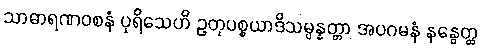
သာဓာရဏဝစနံ ပုရိသေဟိ ဥတုပစ္စယာဒိသမ္ပန္နတ္တာ အပဂမနံ နနွေတ္ထ